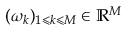
( \omega _ { k } ) _ { 1 \leqslant k \leqslant M } \in \mathbb { R } ^ { M }